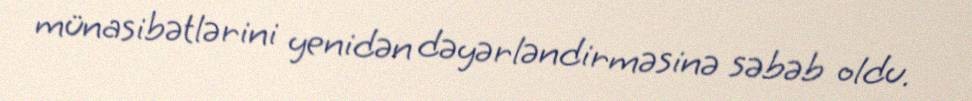
münasibətlərini yenidən dəyərləndirməsinə səbəb oldu.